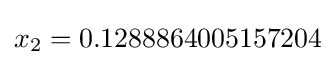
{\textstyle x_{2}=0.1288864005157204}